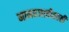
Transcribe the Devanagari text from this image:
मानवजातीसाठी